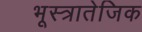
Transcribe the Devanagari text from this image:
भूस्त्रातेजिक